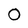
Character: 0